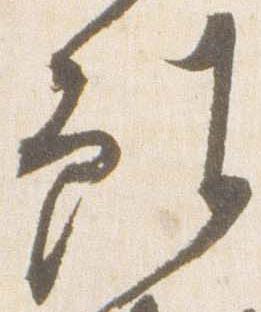
雖